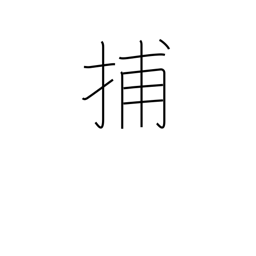
Meaning: capture